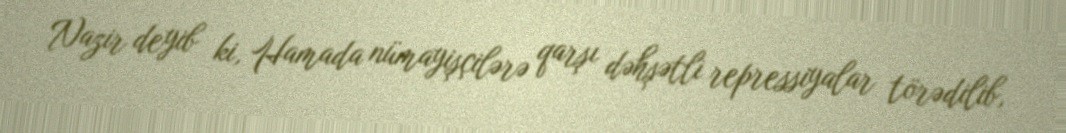
Nazir deyib ki, Hamada nümayişçilərə qarşı dəhşətli repressiyalar törədilib,